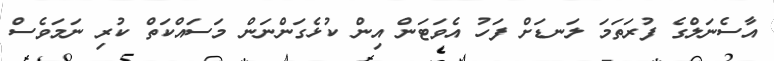
އާސެނަލްގެ ފުރަތަމަ ލަނޑަށް ފަހު އެވަޓަން އިން ކުޅެގަންނަން މަސަައްކަތް ކުރި ނަމަވެސް